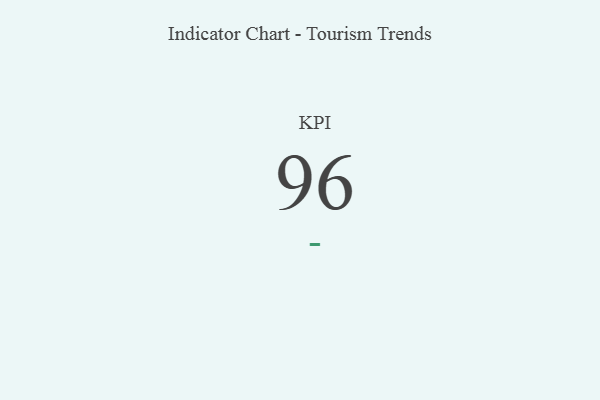
{"axis": {"x": "KPI", "y": "Value"}, "legend": [""], "data": [{"x": "KPI", "y": 96, "type": ""}]}